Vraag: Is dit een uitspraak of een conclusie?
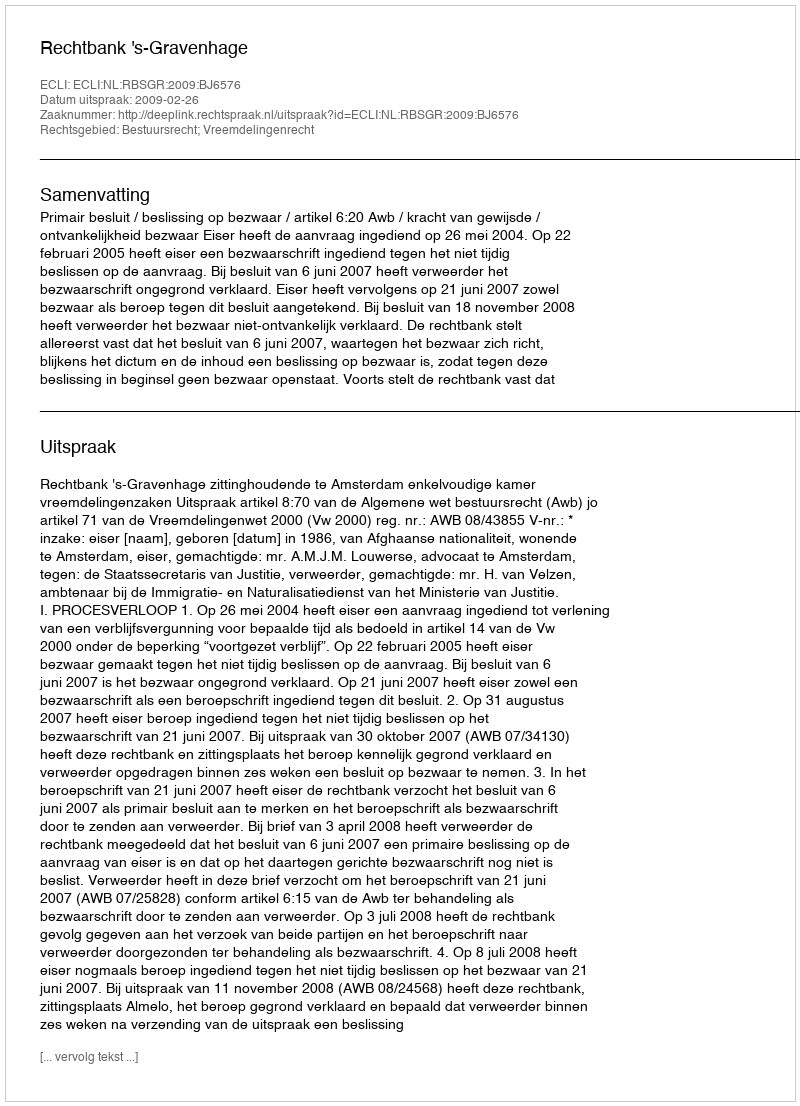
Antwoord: Uitspraak